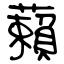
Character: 藾